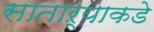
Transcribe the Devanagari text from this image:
साताऱ्याकडे